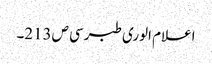
اعلام الوری طبرسی ص213۔